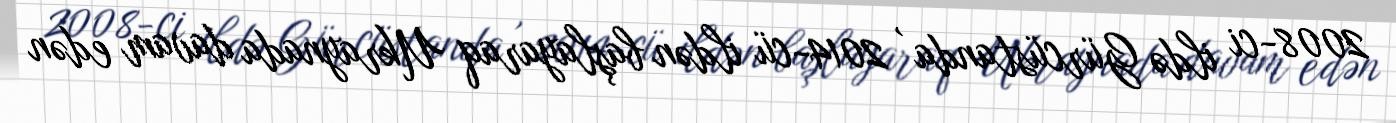
2008-ci ildə Gürcüstanda , 2014-cü ildən başlayaraq Ukraynada davam edən